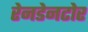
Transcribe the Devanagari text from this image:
रेनडेनटोर